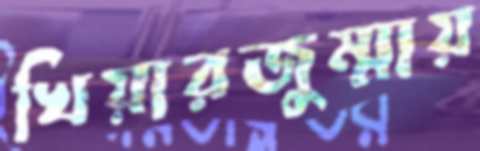
খিয়ারজুম্মায়